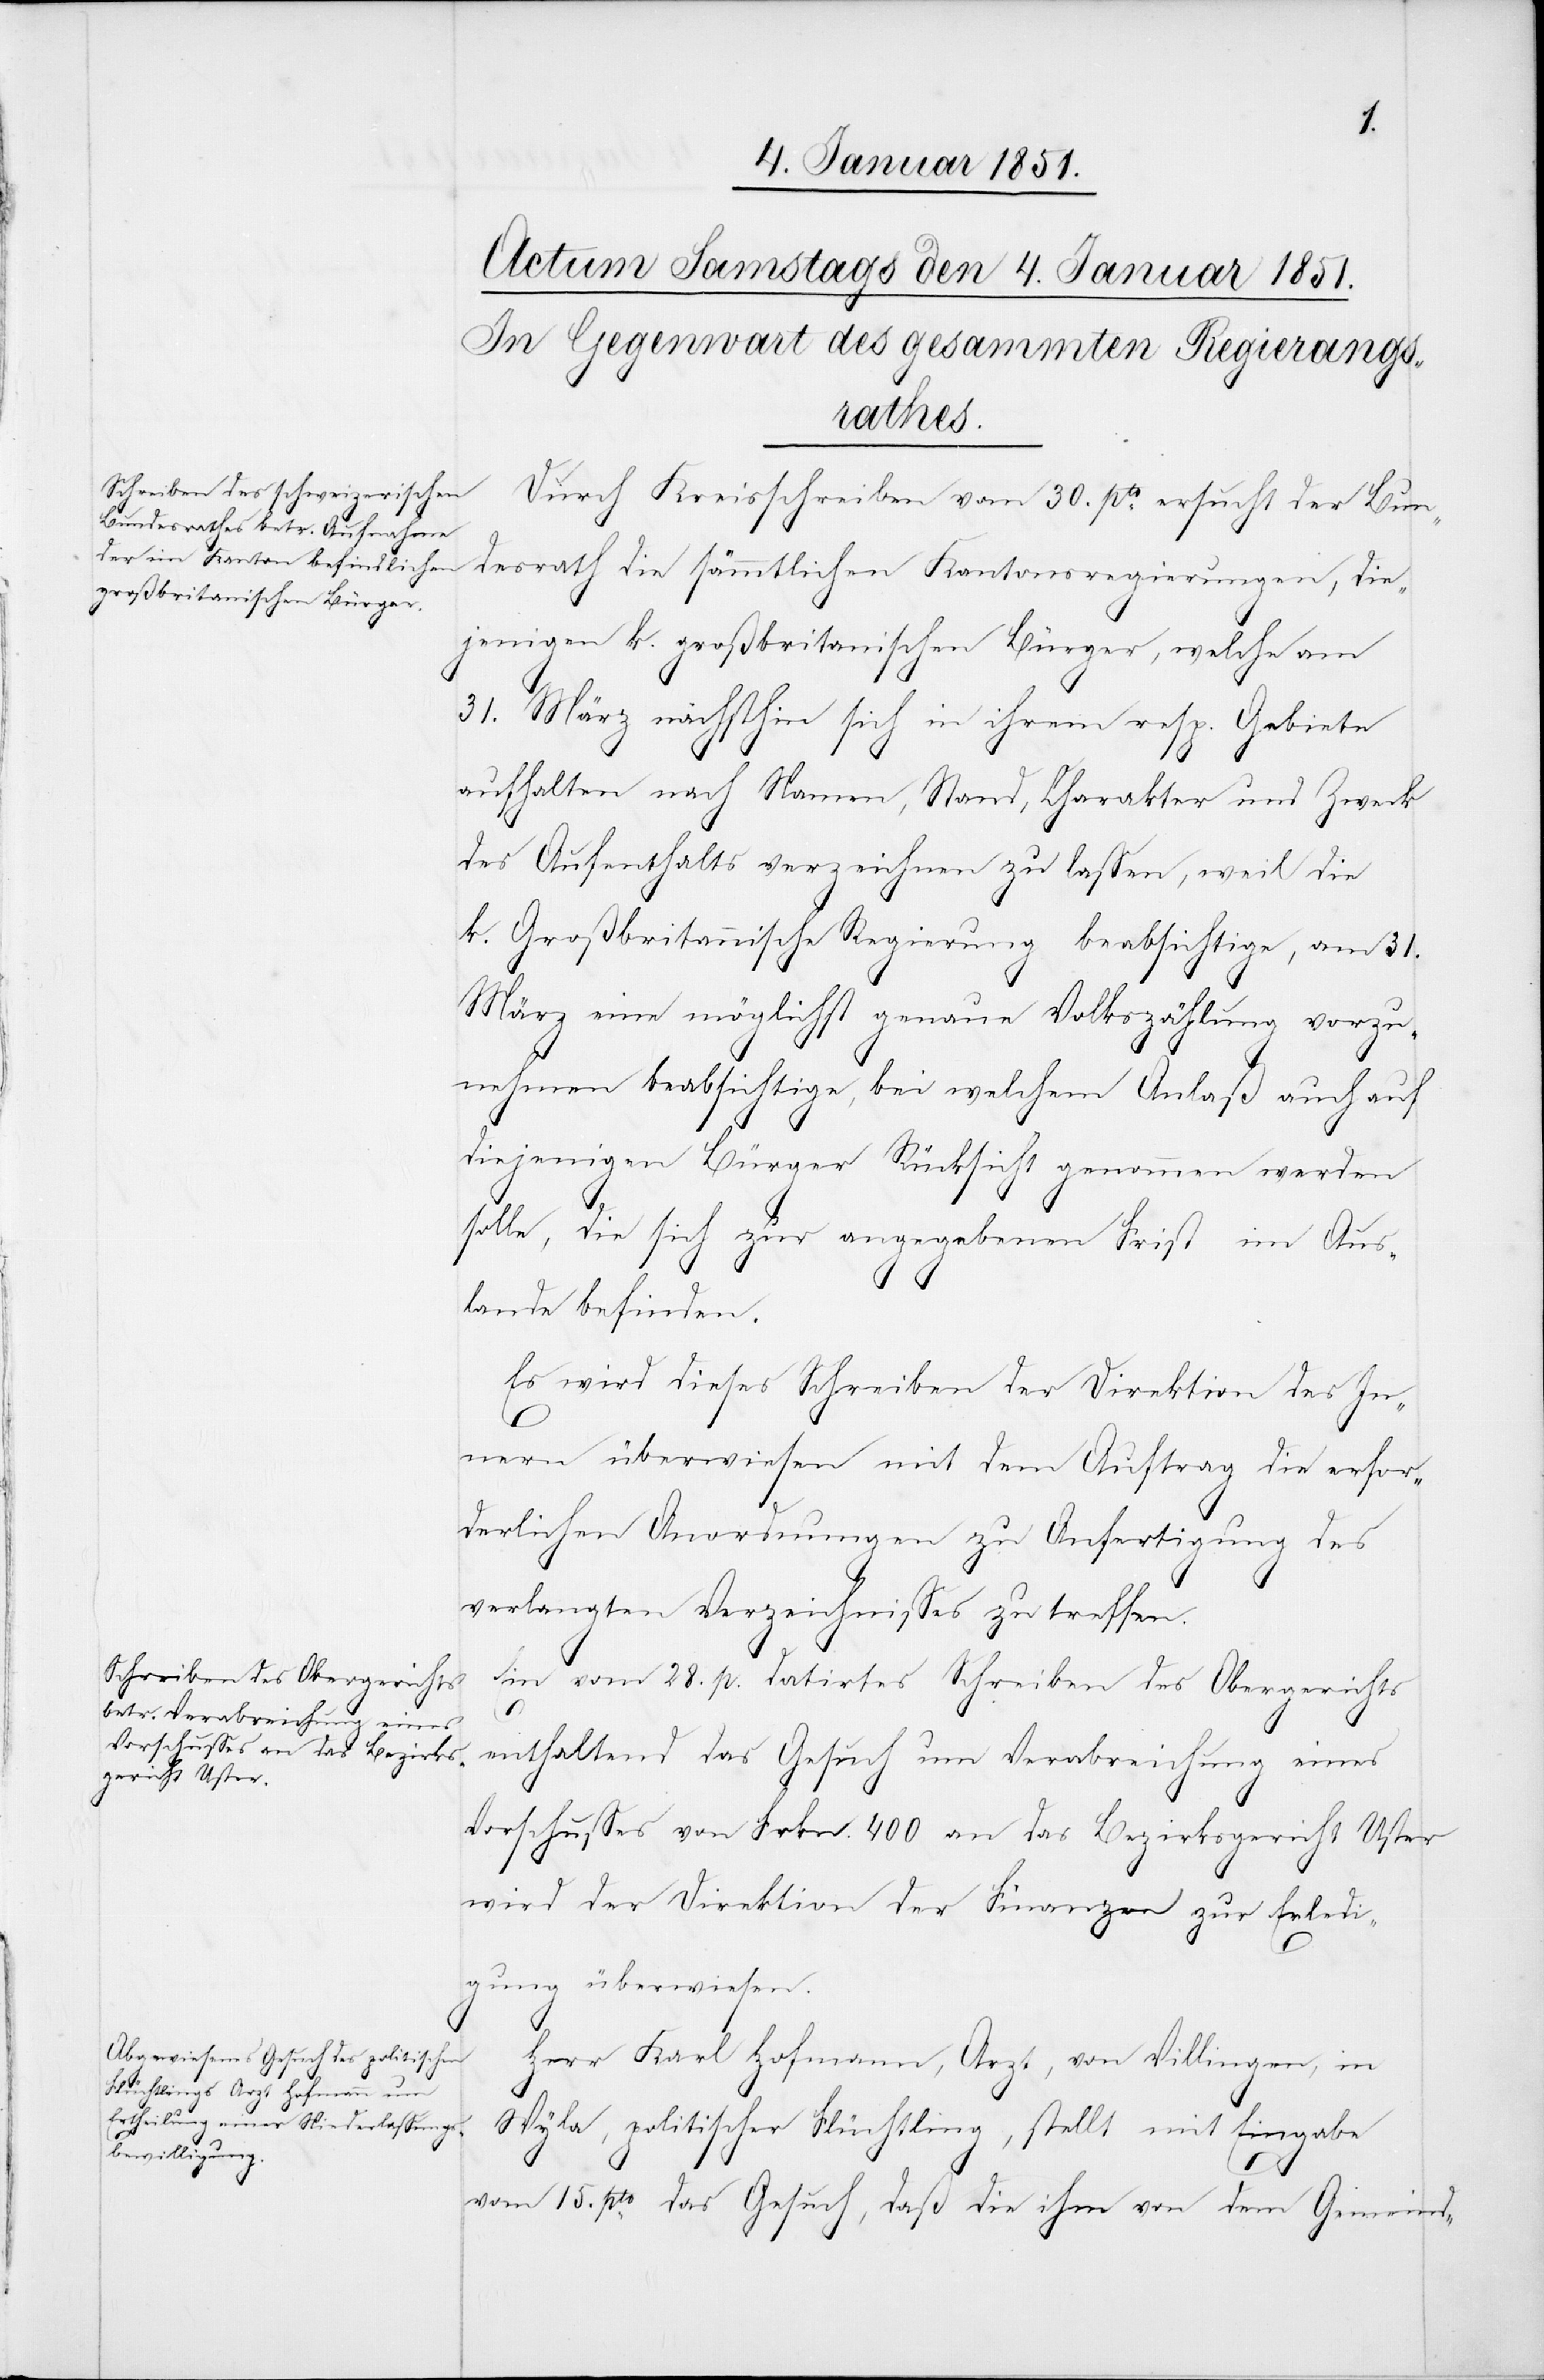
Durch Kreisschreiben vom 30. pto. ersucht der Bun¬
desrath die sämmtlichen Kantonsregierungen, die¬
jenigen k. großbritanischen Bürger, welche am
31. März nächsthin sich in ihrem resp. Gebiete
aufhalten nach Namen, Stand, Charakter und Zweck
des Aufenthalts verzeichnen zu lassen, weil die
k. Großbritannische Regierung beabsichtige, am 31.
März eine möglichst genaue Volkszählung vorzu¬
nehmen beabsichtige [sic!], bei welchem Anlaß auch auf
diejenigen Bürger Rücksicht genommen werden
solle, die sich zur angegebenen Frist im Aus¬
lande befinden.
Es wird dieses Schreiben der Direktion des In¬
nern überwiesen mit dem Auftrag die erfor¬
derlichen Anordnungen zu Anfertigung des
verlangten Verzeichnisses zu treffen.
Ein vom 28. p. datirtes Schreiben des Obergerichts
enthaltend das Gesuch um Verabreichung eines
Vorschusses von Frkn. 400 an das Bezirksgericht Uster
wird der Direktion der Finanzen zur Erledi¬
gung überwiesen.
Herr Karl Hofmann, Arzt, von Villingen, in
Wyla, politischer Flüchtling, stellt mit Eingabe
vom 15. pto. das Gesuch, daß die ihm von dem Gemeind-